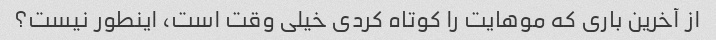
از آخرین باری که موهایت را کوتاه کردی خیلی وقت است، اینطور نیست؟